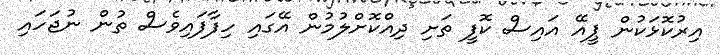
އިރުކޮޅަކުން ޕީއޭ އައިސް ކޮފީ ތަށި ދިއްކޮށްލުމުން އޭގައި ހިފާފައިވެސް ތުން ނުޖަހައި